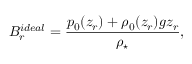
B _ { r } ^ { i d e a l } = \frac { p _ { 0 } ( z _ { r } ) + \rho _ { 0 } ( z _ { r } ) g z _ { r } } { \rho _ { \star } } ,